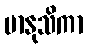
မာနုသိကာ